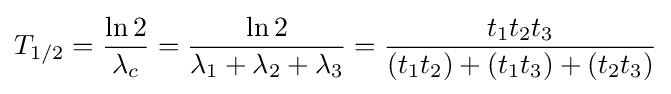
T_{1/2}={\frac {\ln 2}{\lambda _{c}}}={\frac {\ln 2}{\lambda _{1}+\lambda _{2}+\lambda _{3}}}={\frac {t_{1}t_{2}t_{3}}{(t_{1}t_{2})+(t_{1}t_{3})+(t_{2}t_{3})}}